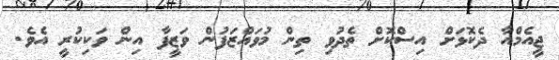
ޖީއެމްއާ ދެކޮޅަށް އިސްކޮށް ތެދުވި ތިން މުވައްޒަފުން ވަޒީފާ އިން ވަކިކުރީ އެވެ.